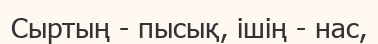
Сыртың - пысық, ішің - нас,